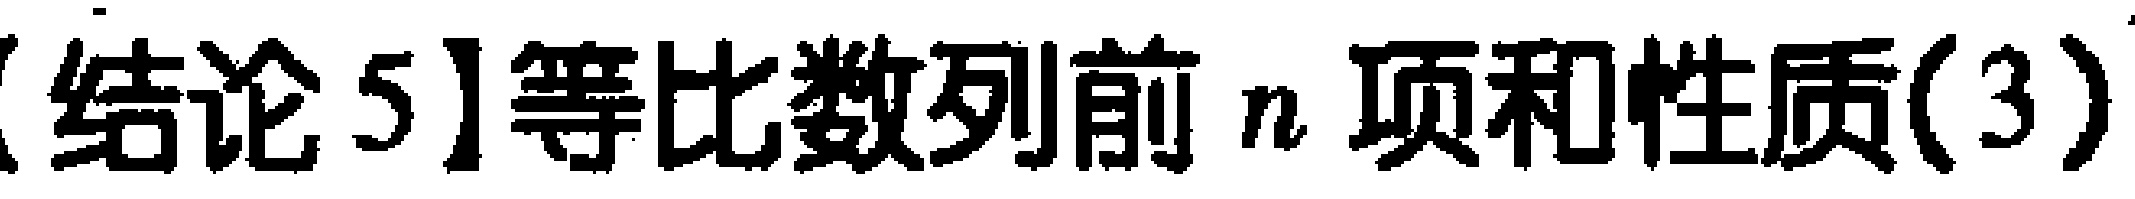
【结论5】等比数列前 \(n\) 项和性质(3)